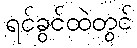
ရင်ခွင်ထဲတွင်